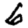
Digit: 6